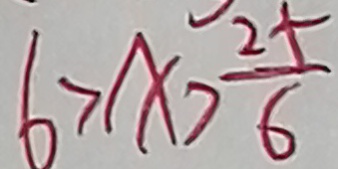
6 > x > \frac { 2 5 } { 6 }